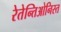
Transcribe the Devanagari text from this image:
रेतेन्तिओनिस्त